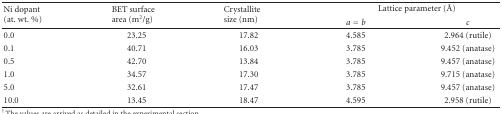
<table><thead><tr><td rowspan="2"><b>Ni dopant (at. wt. %)</b></td><td rowspan="2"><b>BET surface area (m<sup>2</sup>/g)</b></td><td rowspan="2"><b>Crystallite size (nm)</b></td><td colspan="2"><b>Lattice parameter (Å)</b></td></tr><tr><td><b><i>a</i> = <i>b</i></b></td><td><b><i>c</i></b></td></tr></thead><tbody><tr><td>0.0</td><td>23.25</td><td>17.82</td><td>4.585</td><td>2.964 (rutile)</td></tr><tr><td>0.1</td><td>40.71</td><td>16.03</td><td>3.785</td><td>9.452 (anatase)</td></tr><tr><td>0.5</td><td>42.70</td><td>13.84</td><td>3.785</td><td>9.457 (anatase)</td></tr><tr><td>1.0</td><td>34.57</td><td>17.30</td><td>3.785</td><td>9.715 (anatase)</td></tr><tr><td>5.0</td><td>32.61</td><td>17.47</td><td>3.785</td><td>9.457 (anatase)</td></tr><tr><td>10.0</td><td>13.45</td><td>18.47</td><td>4.595</td><td>2.958 (rutile)</td></tr></tbody></table>